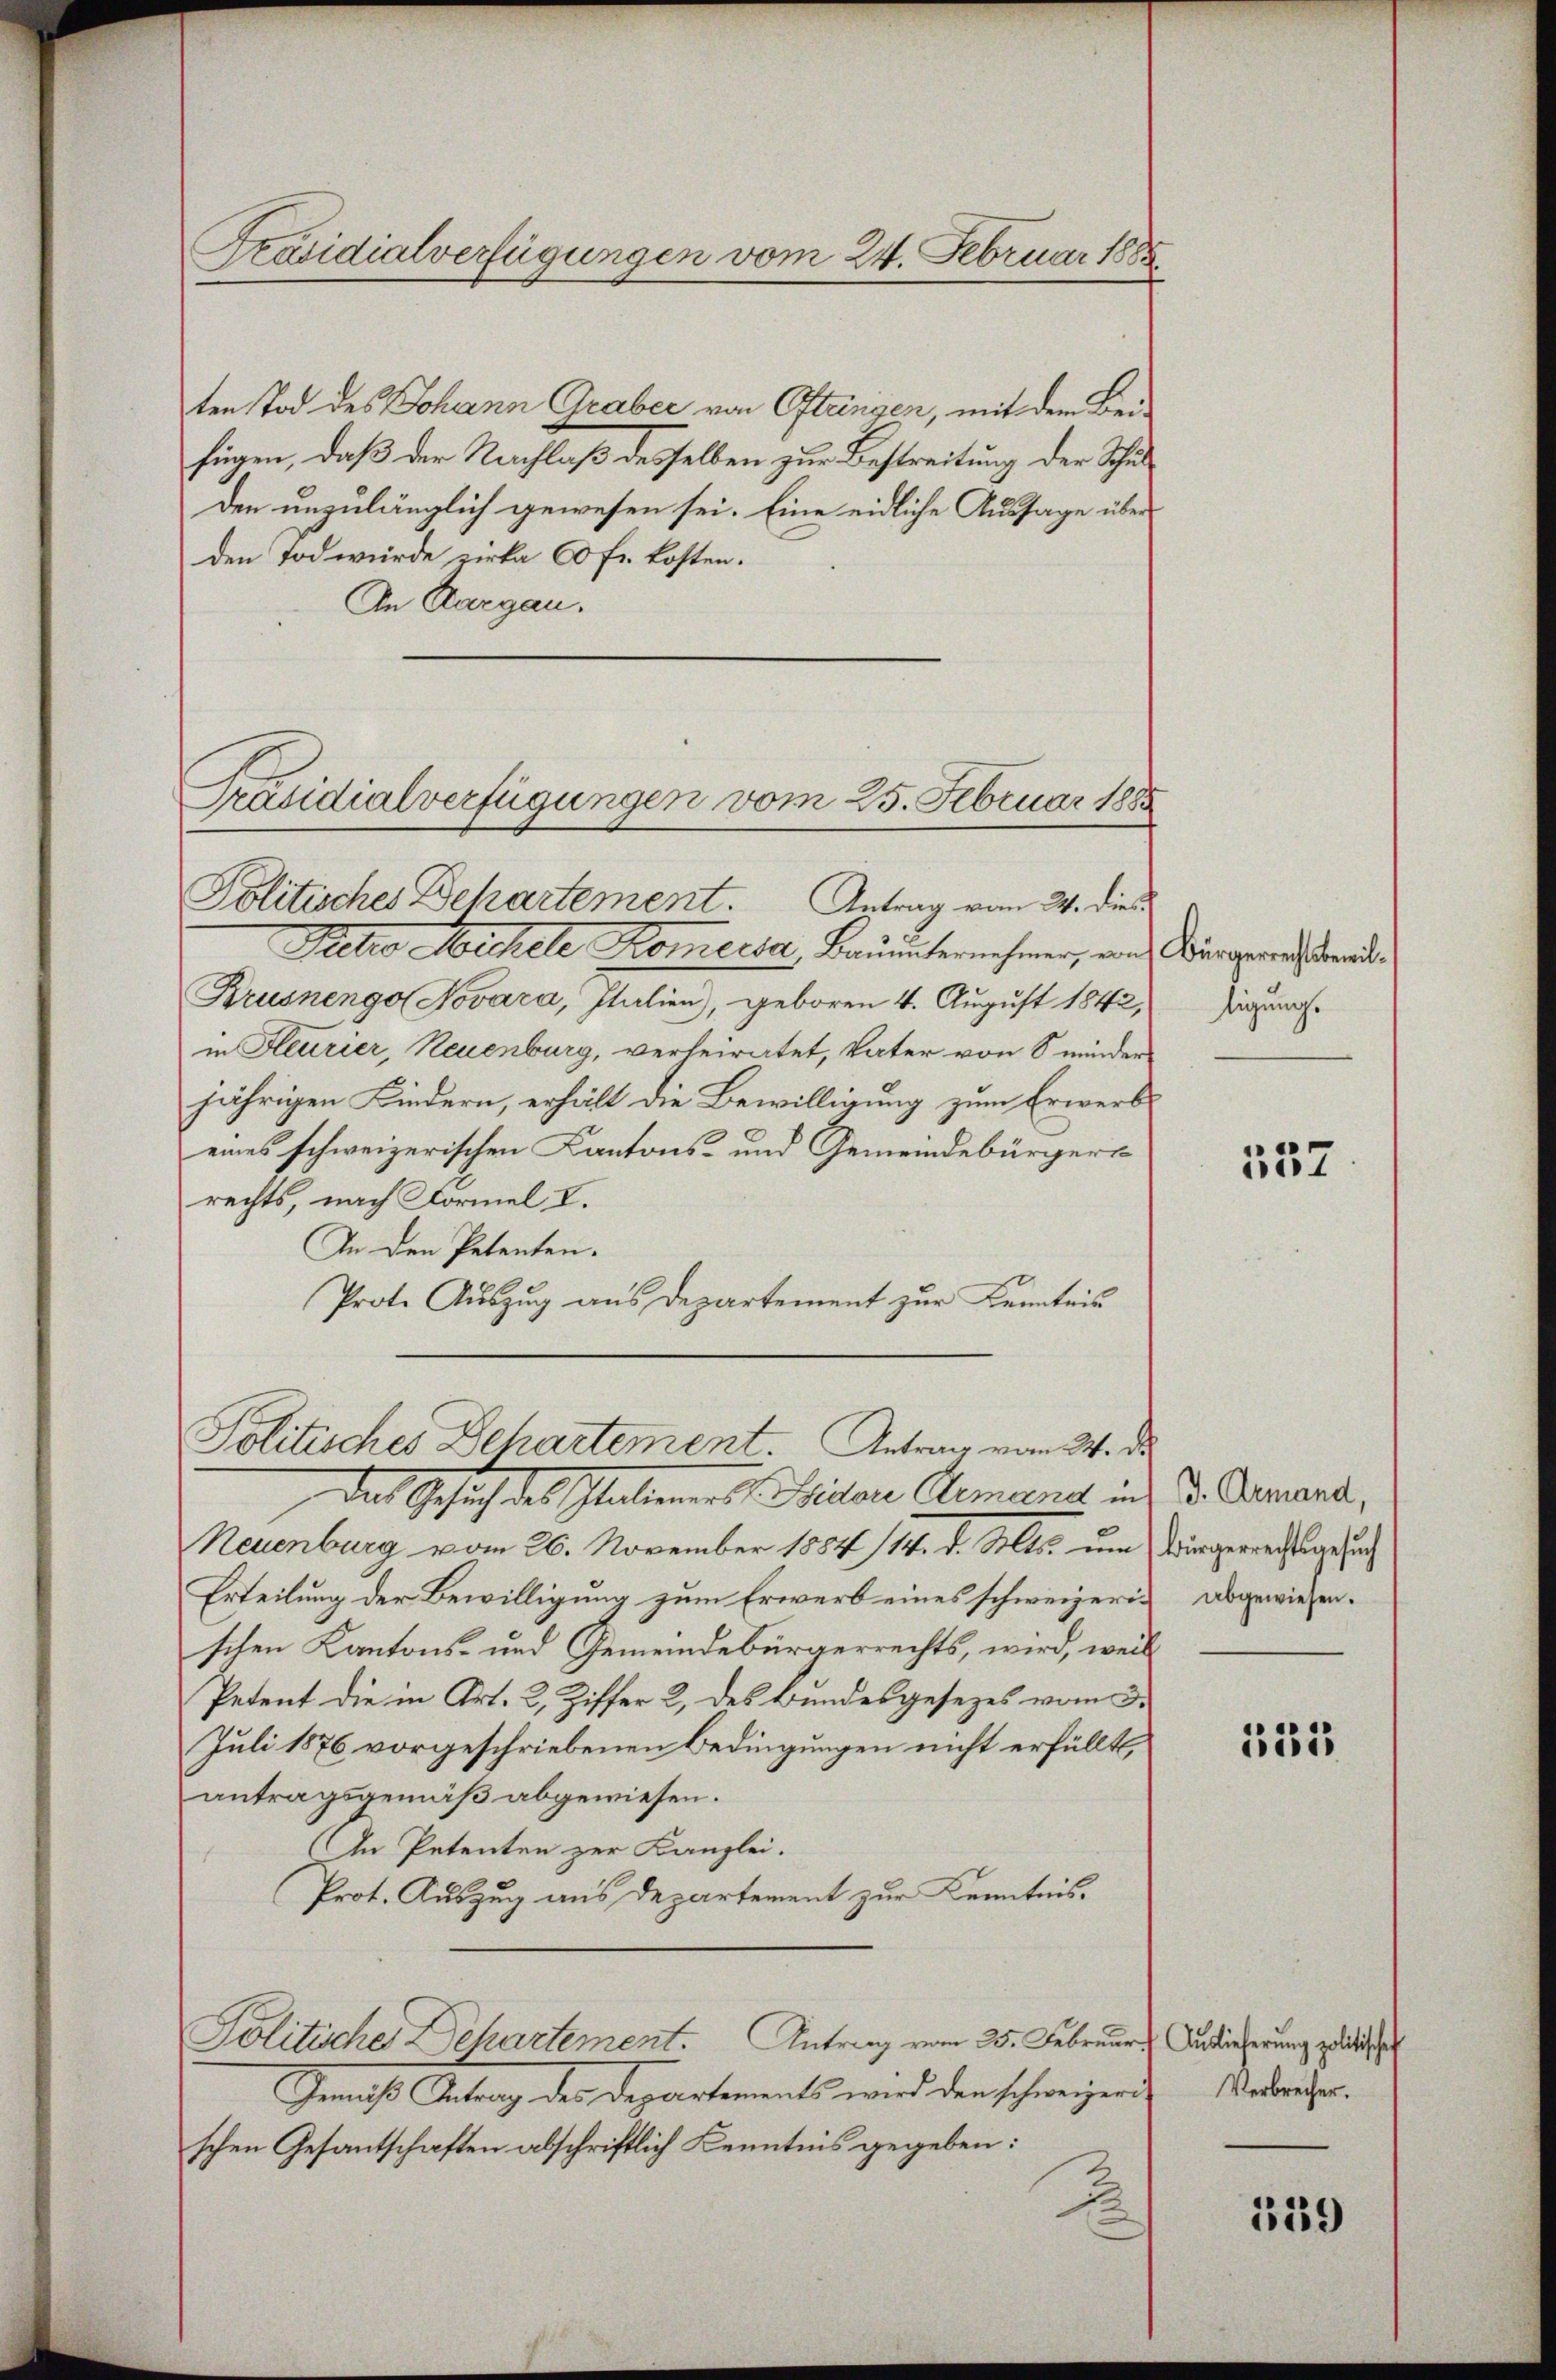
Präsidialverfügungen vom 24. Februar 1885

ten Tod des Johann Graber von Oftungen, mit dem Bei-
fügen, daß der Nachlaß desselben zur Bestreitung der Schulden unzulänglich gewesen sei. Eine eidliche Aussage über
den Tod würde zirka 60 fr. kosten.
An Aargau.
Politisches Dekartement. Antrag vom 24. dies
Aeto Michele Komecsa Bauunternehmer, an Bürgerich stande
Krusnengo Novara, Italien), geboren 4. August 1842,
in Feurier, Neuenburg, verleiratet, Vater von 8 minder
jährigen Kindern, erhält die Bewilligung zum Erwerb
eines schweizerischen Kantons- und Gemeindebürgers
rechts, nach Formel I.
In den Petenten.
Prote Auszug aus Departement zur Kenntnis
Politisches Departement. Antrag vom 24. ds.
Das Gesuch des Glattenen St. Pilare Gemeine ins S. Amand,
Neuenburg vom 26. November 1884 14. d. Mts. um Würgerrechtsgesuch
Erteilung der Bewilligung zum Erwerb eines schweizerischen Kantons- und Gemeindebürgerrechts, wird, weil
Petent die in Art. 2, Ziffer 2, des Bundesgesezes vom 3.
Juli 1876 vorgeschriebenen Bedingungen nicht erfüllt,
antragsgemäß abgewiesen.
An Petenten zur Kanzlei.
Prot. Auszug aus Departement zur Kenntnis.
Politiche Dehartement. Antrag vom 25. Februar, Auslieferung zwische
Gemäß Antrag des Departements wird den schweizende
schen Gesantschaften abschriftlich Kenntnis gegeben:

Präsidialverfügungen vom 25. Februar 1885

ligung.

557

abgewiesen.

335

Verbrecher.

339